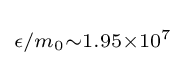
\scriptstyle \epsilon /m_{0}\sim 1.95\times 10^{7}